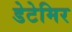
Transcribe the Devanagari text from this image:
डेटेमिर